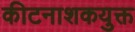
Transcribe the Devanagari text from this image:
कीटनाशकयुक्त